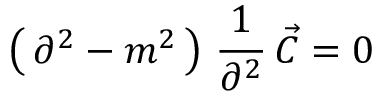
\left( \, \partial ^ { 2 } - m ^ { 2 } \, \right) \, { \frac { 1 } { \partial ^ { 2 } } } \, \vec { C } = 0